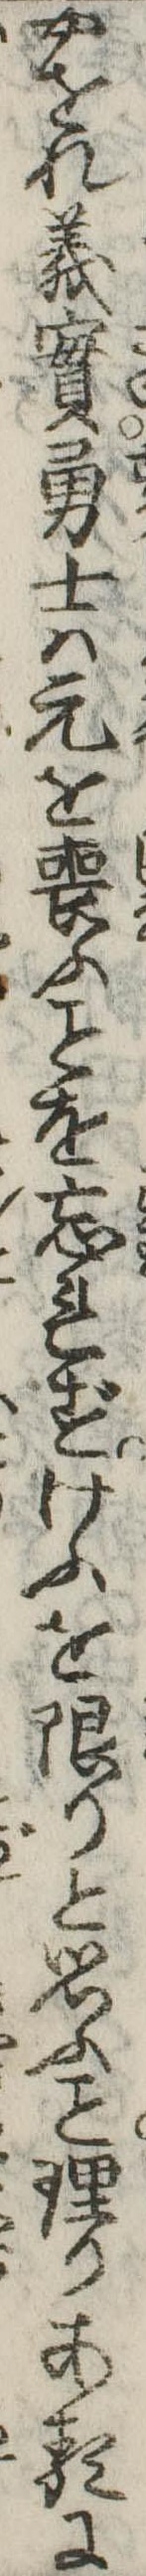
やをれ義実勇士は元を喪ふを忘れずけふを限りと思ふ理りあるに